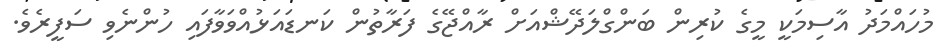
މުހައްމަދު އާސިމަކީ މީގެ ކުރިން ބަންގްލަދޭޝްއަށް ރާއްޖޭގެ ފަރާތުން ކަނޑައަޅުއްވަވާފައި ހުންނެވި ސަފީރެވެ.